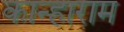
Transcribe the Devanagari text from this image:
कान्हाराम